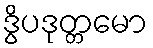
ဒွိပဒုတ္တမော